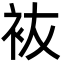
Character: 䘠